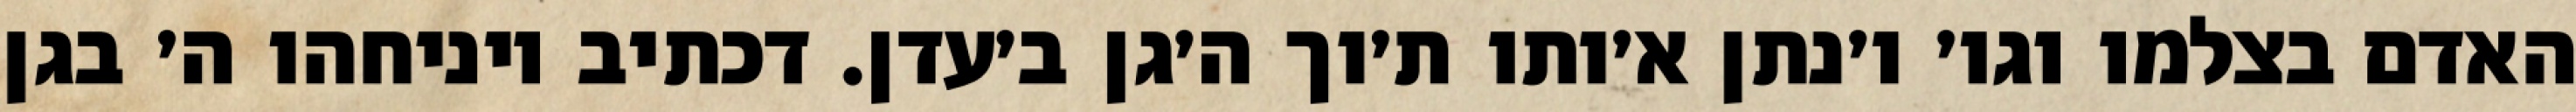
האדם בצלמו וגו׳ ו׳נתן א׳ותו ת׳וך ה׳גן ב׳עדן. דכתיב ויניחהו ה׳ בגן